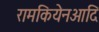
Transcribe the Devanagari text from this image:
रामकियेनआदि